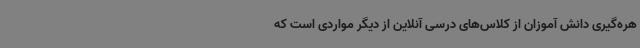
هره‌گیری دانش آموزان از کلاس‌های درسی آنلاین از دیگر مواردی است که